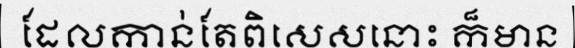
ដែលកាន់តែពិសេសនោះ ក៏មាន